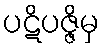
ပဋိပဇ္ဇိမှ